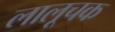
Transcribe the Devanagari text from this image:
लालूचक